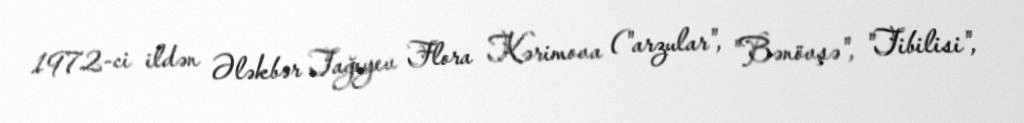
1972-ci ildən Ələkbər Tağıyev Flora Kərimova ("arzular", "Bənövşə", "Tibilisi",